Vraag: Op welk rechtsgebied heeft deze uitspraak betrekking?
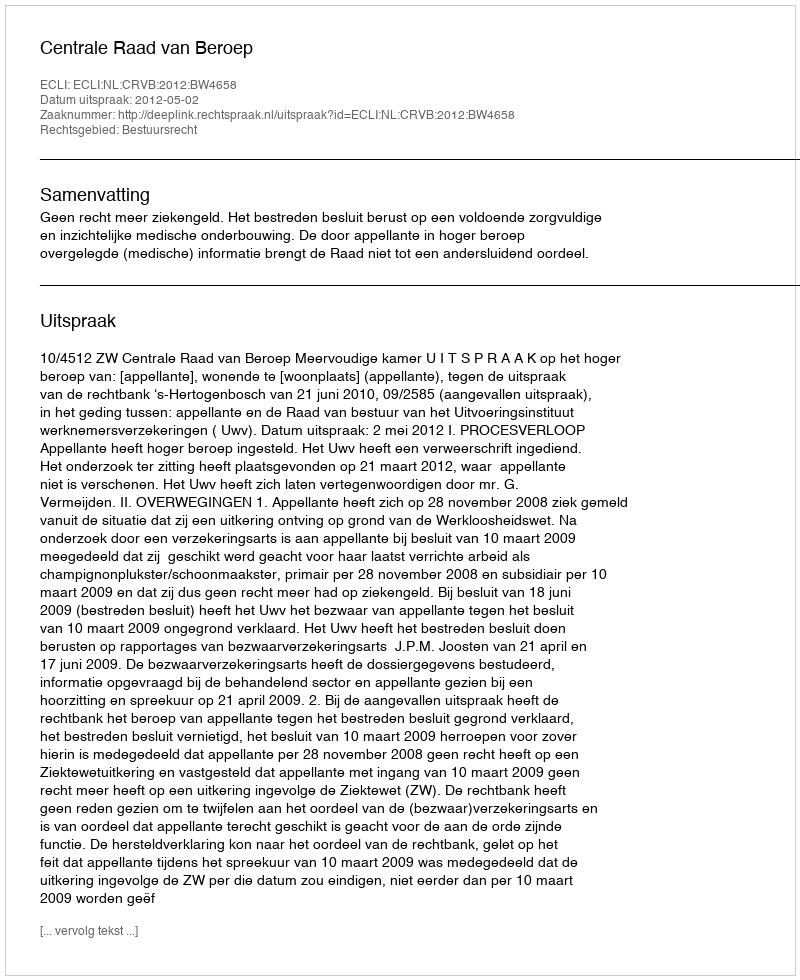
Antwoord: Bestuursrecht